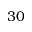
3 0